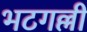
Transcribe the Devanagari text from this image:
भटगल्ली